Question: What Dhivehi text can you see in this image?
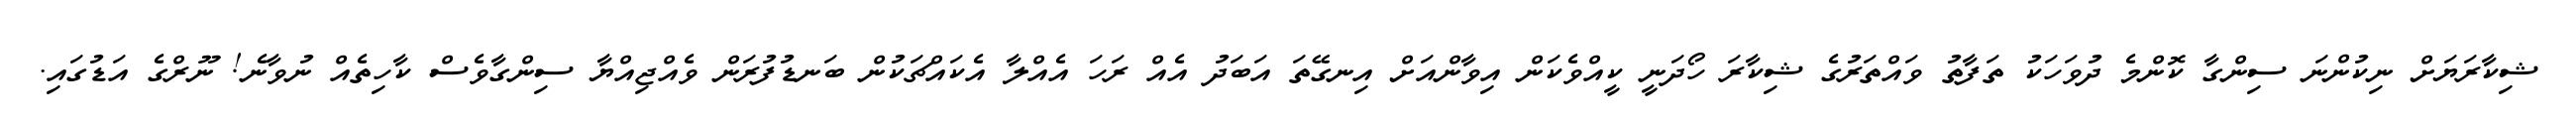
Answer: ޝިކާރަޔަށް ނިކުންނަ ސިންގާ ކޮންމެ ދުވަހަކު ތަފާތު ވައްތަރުގެ ޝިކާރަ ހޯދަނީ ކީއްވެކަން އިވާންއަށް އިނގޭތަ އަބަދު އެއް ރަހަ އެއްލާ އެކައްޗަކުން ބަނޑުފުރަން ވެއްޖިއްޔާ ސިންގާވެސް ކާހިތެއް ނުވާނެ! ނޫރްގެ އަޑުގައި.